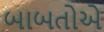
બાબતોએ